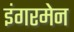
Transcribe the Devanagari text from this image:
इंगरमेन